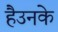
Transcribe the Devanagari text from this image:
हैउनके